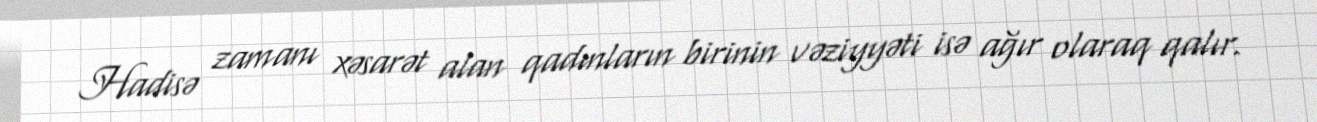
Hadisə zamanı xəsarət alan qadınların birinin vəziyyəti isə ağır olaraq qalır.